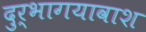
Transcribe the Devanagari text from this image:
दुर्भागयावाश